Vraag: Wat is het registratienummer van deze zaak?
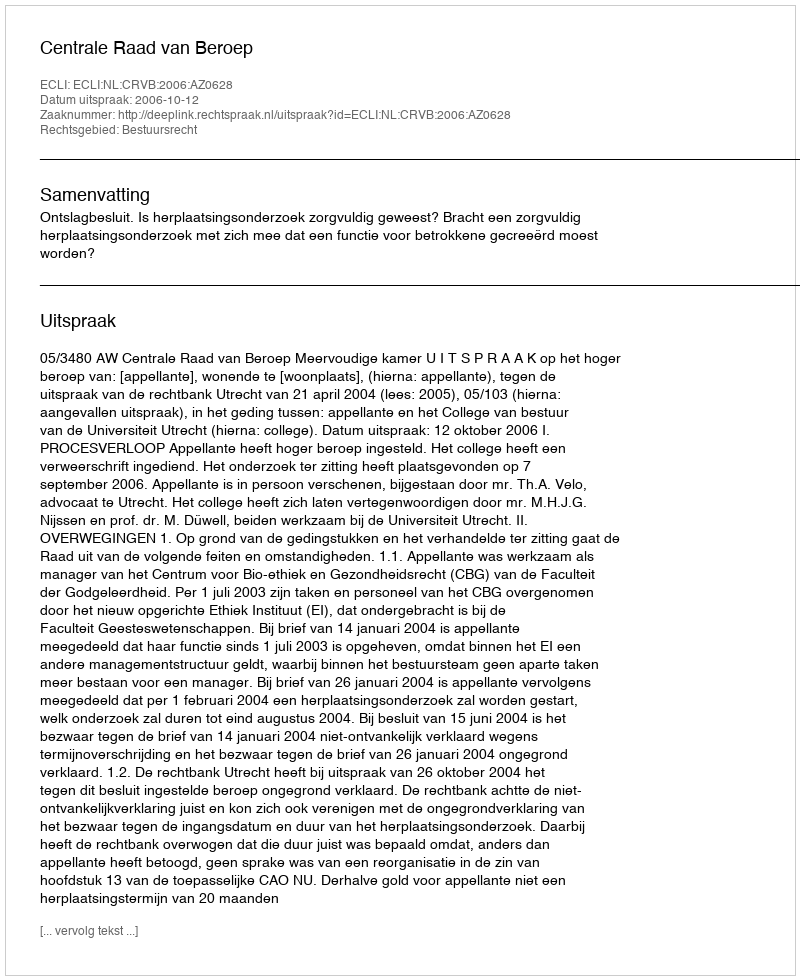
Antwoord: http://deeplink.rechtspraak.nl/uitspraak?id=ECLI:NL:CRVB:2006:AZ0628